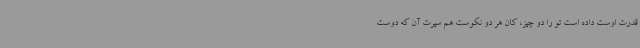
قدرت اوست داده است تو را دو چیز، کان هر دو نکوست هم سیرت آن که دوست